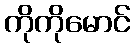
ကိုကိုမောင်